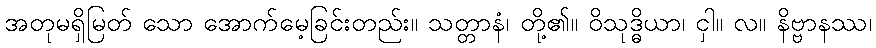
အတုမရှိမြတ် သော အောက်မေ့ခြင်းတည်း။ သတ္တာနံ၊ တို့၏။ ဝိသုဒ္ဓိယာ၊ ငှါ။ လ။ နိဗ္ဗာနဿ၊